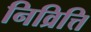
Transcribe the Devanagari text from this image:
निव्रित्ति